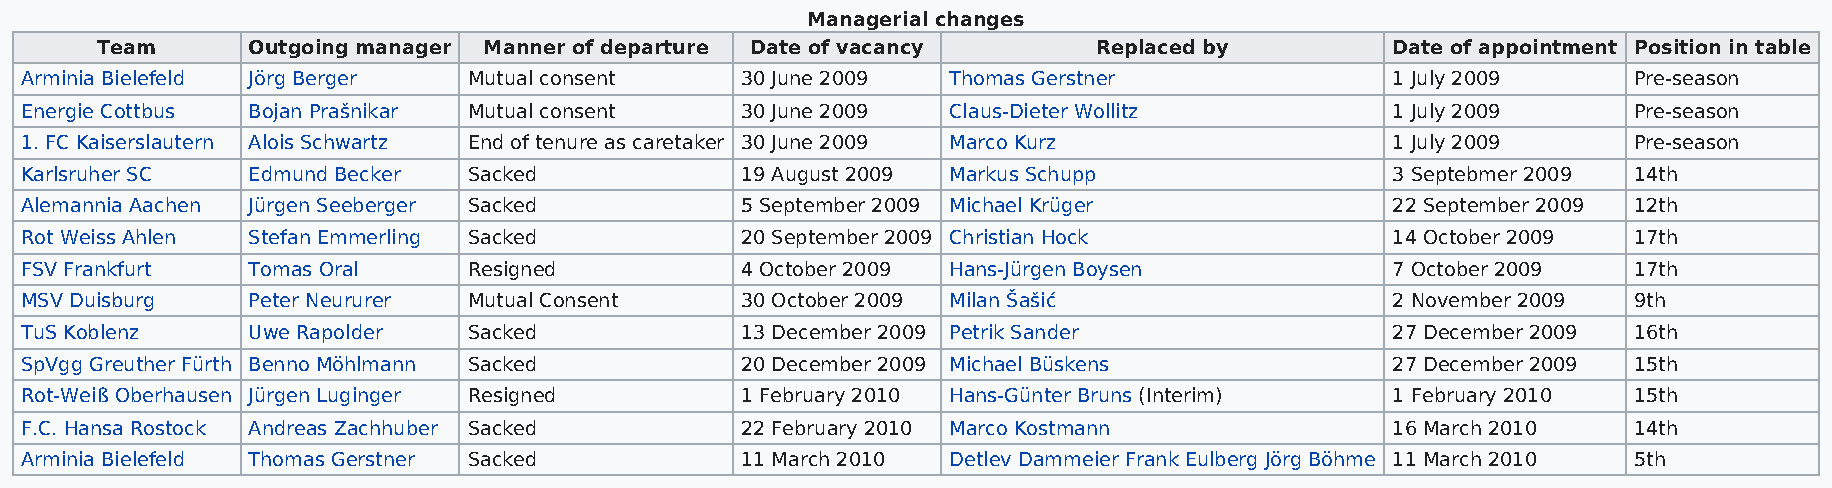
Managerial changes
 Team      Outgoing manager Manner of departure Date of vacancy     Replaced by        Date of appointment Position in table
 Arminia Bielefeld Jörg Berger Mutual consent    30 June 2009  Thomas Gerstner              1 July 2009     Pre-season
 Energie Cottbus Bojan Prašnikar Mutual consent  30 June 2009  Claus-Dieter Wollitz         1 July 2009     Pre-season
 1. FC Kaiserslautern Alois Schwartz End of tenure as caretaker 30 June 2009 Marco Kurz     1 July 2009     Pre-season
 Karlsruher SC  Edmund Becker  Sacked            19 August 2009 Markus Schupp               3 Septebmer 2009 14th
 Alemannia Aachen Jürgen Seeberger Sacked        5 September 2009 Michael Krüger            22 September 2009 12th
 Rot Weiss Ahlen Stefan Emmerling Sacked         20 September 2009 Christian Hock           14 October 2009 17th
 FSV Frankfurt  Tomas Oral     Resigned          4 October 2009 Hans-Jürgen Boysen          7 October 2009  17th
 MSV Duisburg   Peter Neururer Mutual Consent    30 October 2009 Milan Šašić                2 November 2009 9th
 TuS Koblenz    Uwe Rapolder   Sacked            13 December 2009 Petrik Sander             27 December 2009 16th
 SpVgg Greuther Fürth Benno Möhlmann Sacked      20 December 2009 Michael Büskens           27 December 2009 15th
 Rot-Weiß Oberhausen Jürgen Luginger Resigned    1 February 2010 Hans-Günter Bruns (Interim) 1 February 2010 15th
 F.C. Hansa Rostock Andreas Zachhuber Sacked     22 February 2010 Marco Kostmann            16 March 2010   14th
 Arminia Bielefeld Thomas Gerstner Sacked        11 March 2010 Detlev Dammeier Frank Eulberg Jörg Böhme 11 March 2010 5th